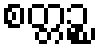
စတ္တဉ္စ